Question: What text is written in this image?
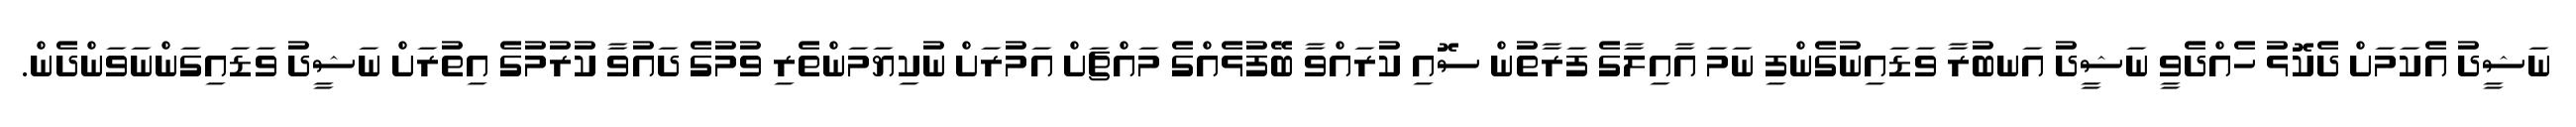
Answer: ނަޝީދު އެކަމަށް ދެކޮޅު ހެއްދެވީ ނަޝީދު އަނބުރާ ވަޑައިނުގެންފި ނަމަ އާއިލާގެ ފަރާތުން ސޮއި ކުރައްވާ ބޭފުޅެއްގެ މައްޗަށް އަމުރަށް ނުކިޔަމަންތެރި ވުމުގެ ދައުވާ ކުރުމުގެ އިތުރަށް ނަޝީދު ވަޑައިގަންނަވަންދެން.